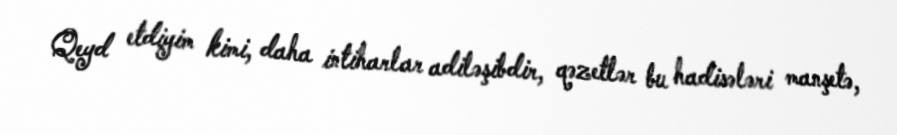
Qeyd etdiyim kimi, daha intiharlar adiləşibdir, qəzetlər bu hadisələri manşetə,